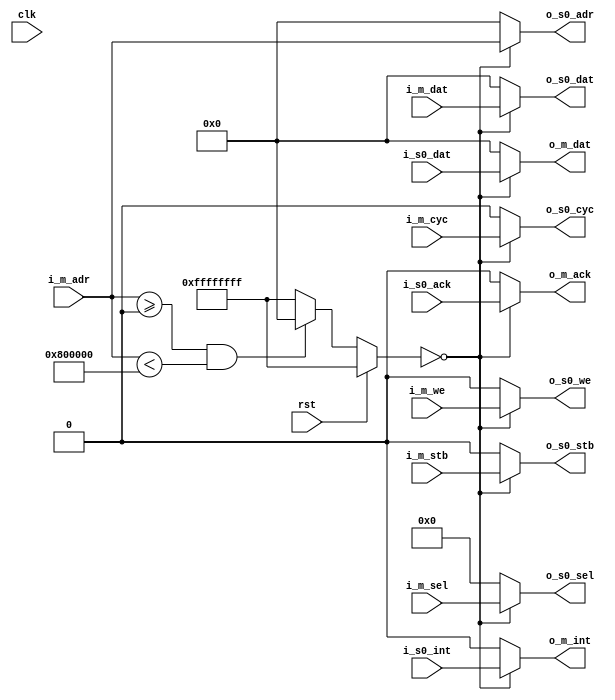
module wishbone_mem_interconnect (
  //Control Signals
  input               clk,
  input               rst,

  //Master Signals
  input               i_m_we,
  input               i_m_stb,
  input               i_m_cyc,
  input       [3:0]   i_m_sel,
  input       [31:0]  i_m_adr,
  input       [31:0]  i_m_dat,
  output reg  [31:0]  o_m_dat,
  output reg          o_m_ack,
  output reg          o_m_int,

  //Slave 0
  output              o_s0_we,
  output              o_s0_cyc,
  output              o_s0_stb,
  output    [3:0]     o_s0_sel,
  input               i_s0_ack,
  output    [31:0]    o_s0_dat,
  input     [31:0]    i_s0_dat,
  output    [31:0]    o_s0_adr,
  input               i_s0_int

);


parameter MEM_SEL_0 = 0;
parameter MEM_OFFSET_0  =  32'h00000000;
parameter MEM_SIZE_0  =  32'h800000;


reg [31:0] mem_select;

always @(rst or i_m_adr or mem_select) begin
  if (rst) begin
    //nothing selected
    mem_select <= 32'hFFFFFFFF;
  end
  else begin
    if ((i_m_adr >= MEM_OFFSET_0) && (i_m_adr < (MEM_OFFSET_0 + MEM_SIZE_0))) begin
      mem_select <= MEM_SEL_0;
    end
    else begin
      mem_select <= 32'hFFFFFFFF;
    end
  end
end


//data in from slave
always @ (mem_select or i_s0_dat) begin
  case (mem_select)
    MEM_SEL_0: begin
      o_m_dat <= i_s0_dat;
    end
    default: begin
      o_m_dat <= 32'h0000;
    end
  endcase
end



//ack in from mem slave
always @ (mem_select or i_s0_ack) begin
  case (mem_select)
    MEM_SEL_0: begin
      o_m_ack <= i_s0_ack;
    end
    default: begin
      o_m_ack <= 1'h0;
    end
  endcase
end



//int in from slave
always @ (mem_select or i_s0_int) begin
  case (mem_select)
    MEM_SEL_0: begin
      o_m_int <= i_s0_int;
    end
    default: begin
      o_m_int <= 1'h0;
    end
  endcase
end



assign o_s0_we   =  (mem_select == MEM_SEL_0) ? i_m_we: 1'b0;
assign o_s0_stb  =  (mem_select == MEM_SEL_0) ? i_m_stb: 1'b0;
assign o_s0_sel  =  (mem_select == MEM_SEL_0) ? i_m_sel: 4'b0;
assign o_s0_cyc  =  (mem_select == MEM_SEL_0) ? i_m_cyc: 1'b0;
assign o_s0_adr  =  (mem_select == MEM_SEL_0) ? i_m_adr: 32'h0;
assign o_s0_dat  =  (mem_select == MEM_SEL_0) ? i_m_dat: 32'h0;



endmodule